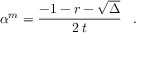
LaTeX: \alpha ^ { m } = \frac { - 1 - r - \sqrt { \Delta } } { 2 \, t } \; \; \; .